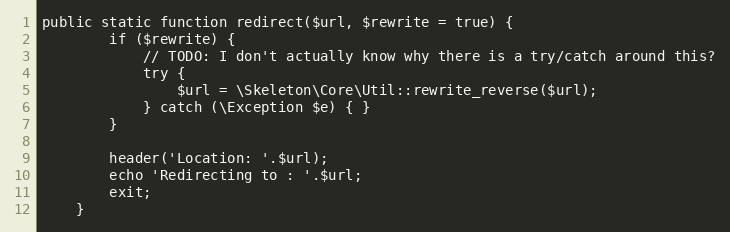
Language: PHP
public static function redirect($url, $rewrite = true) {
		if ($rewrite) {
			// TODO: I don't actually know why there is a try/catch around this?
			try {
				$url = \Skeleton\Core\Util::rewrite_reverse($url);
			} catch (\Exception $e) { }
		}

		header('Location: '.$url);
		echo 'Redirecting to : '.$url;
		exit;
	}